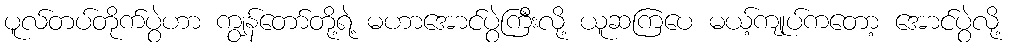
ပူလ်တပ်တိုက်ပွဲဟာ ကျွန်တော်တို့ရဲ့ မဟာအောင်ပွဲကြီးလို့ ယူဆကြပေ မယ့်ကျုပ်ကတော့ အောင်ပွဲလို့